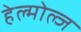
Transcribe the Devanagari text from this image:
हेल्मोल्ज